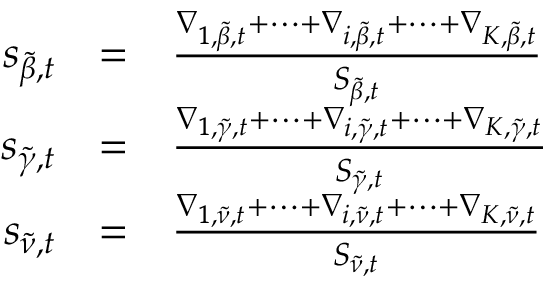
\begin{array} { r c l } { s _ { \tilde { \beta } , t } } & { = } & { \frac { \nabla _ { 1 , \tilde { \beta } , t } + \dots + \nabla _ { i , \tilde { \beta } , t } + \dots + \nabla _ { K , \tilde { \beta } , t } } { S _ { \tilde { \beta } , t } } } \\ { s _ { \tilde { \gamma } , t } } & { = } & { \frac { \nabla _ { 1 , \tilde { \gamma } , t } + \dots + \nabla _ { i , \tilde { \gamma } , t } + \dots + \nabla _ { K , \tilde { \gamma } , t } } { S _ { \tilde { \gamma } , t } } } \\ { s _ { \tilde { \nu } , t } } & { = } & { \frac { \nabla _ { 1 , \tilde { \nu } , t } + \dots + \nabla _ { i , \tilde { \nu } , t } + \dots + \nabla _ { K , \tilde { \nu } , t } } { S _ { \tilde { \nu } , t } } } \end{array}